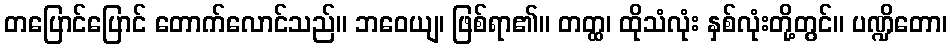
တပြောင်ပြောင် တောက်လောင်သည်။ ဘဝေယျ၊ ဖြစ်ရာ၏။ တတ္ထ၊ ထိုသံလုံး နှစ်လုံးတို့တွင်။ ပဏ္ဍိတော၊